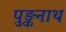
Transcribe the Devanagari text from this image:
पुङ्कनाथ